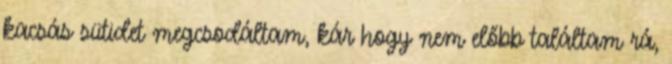
kacsás sütidet megcsodáltam, kár hogy nem előbb találtam rá,